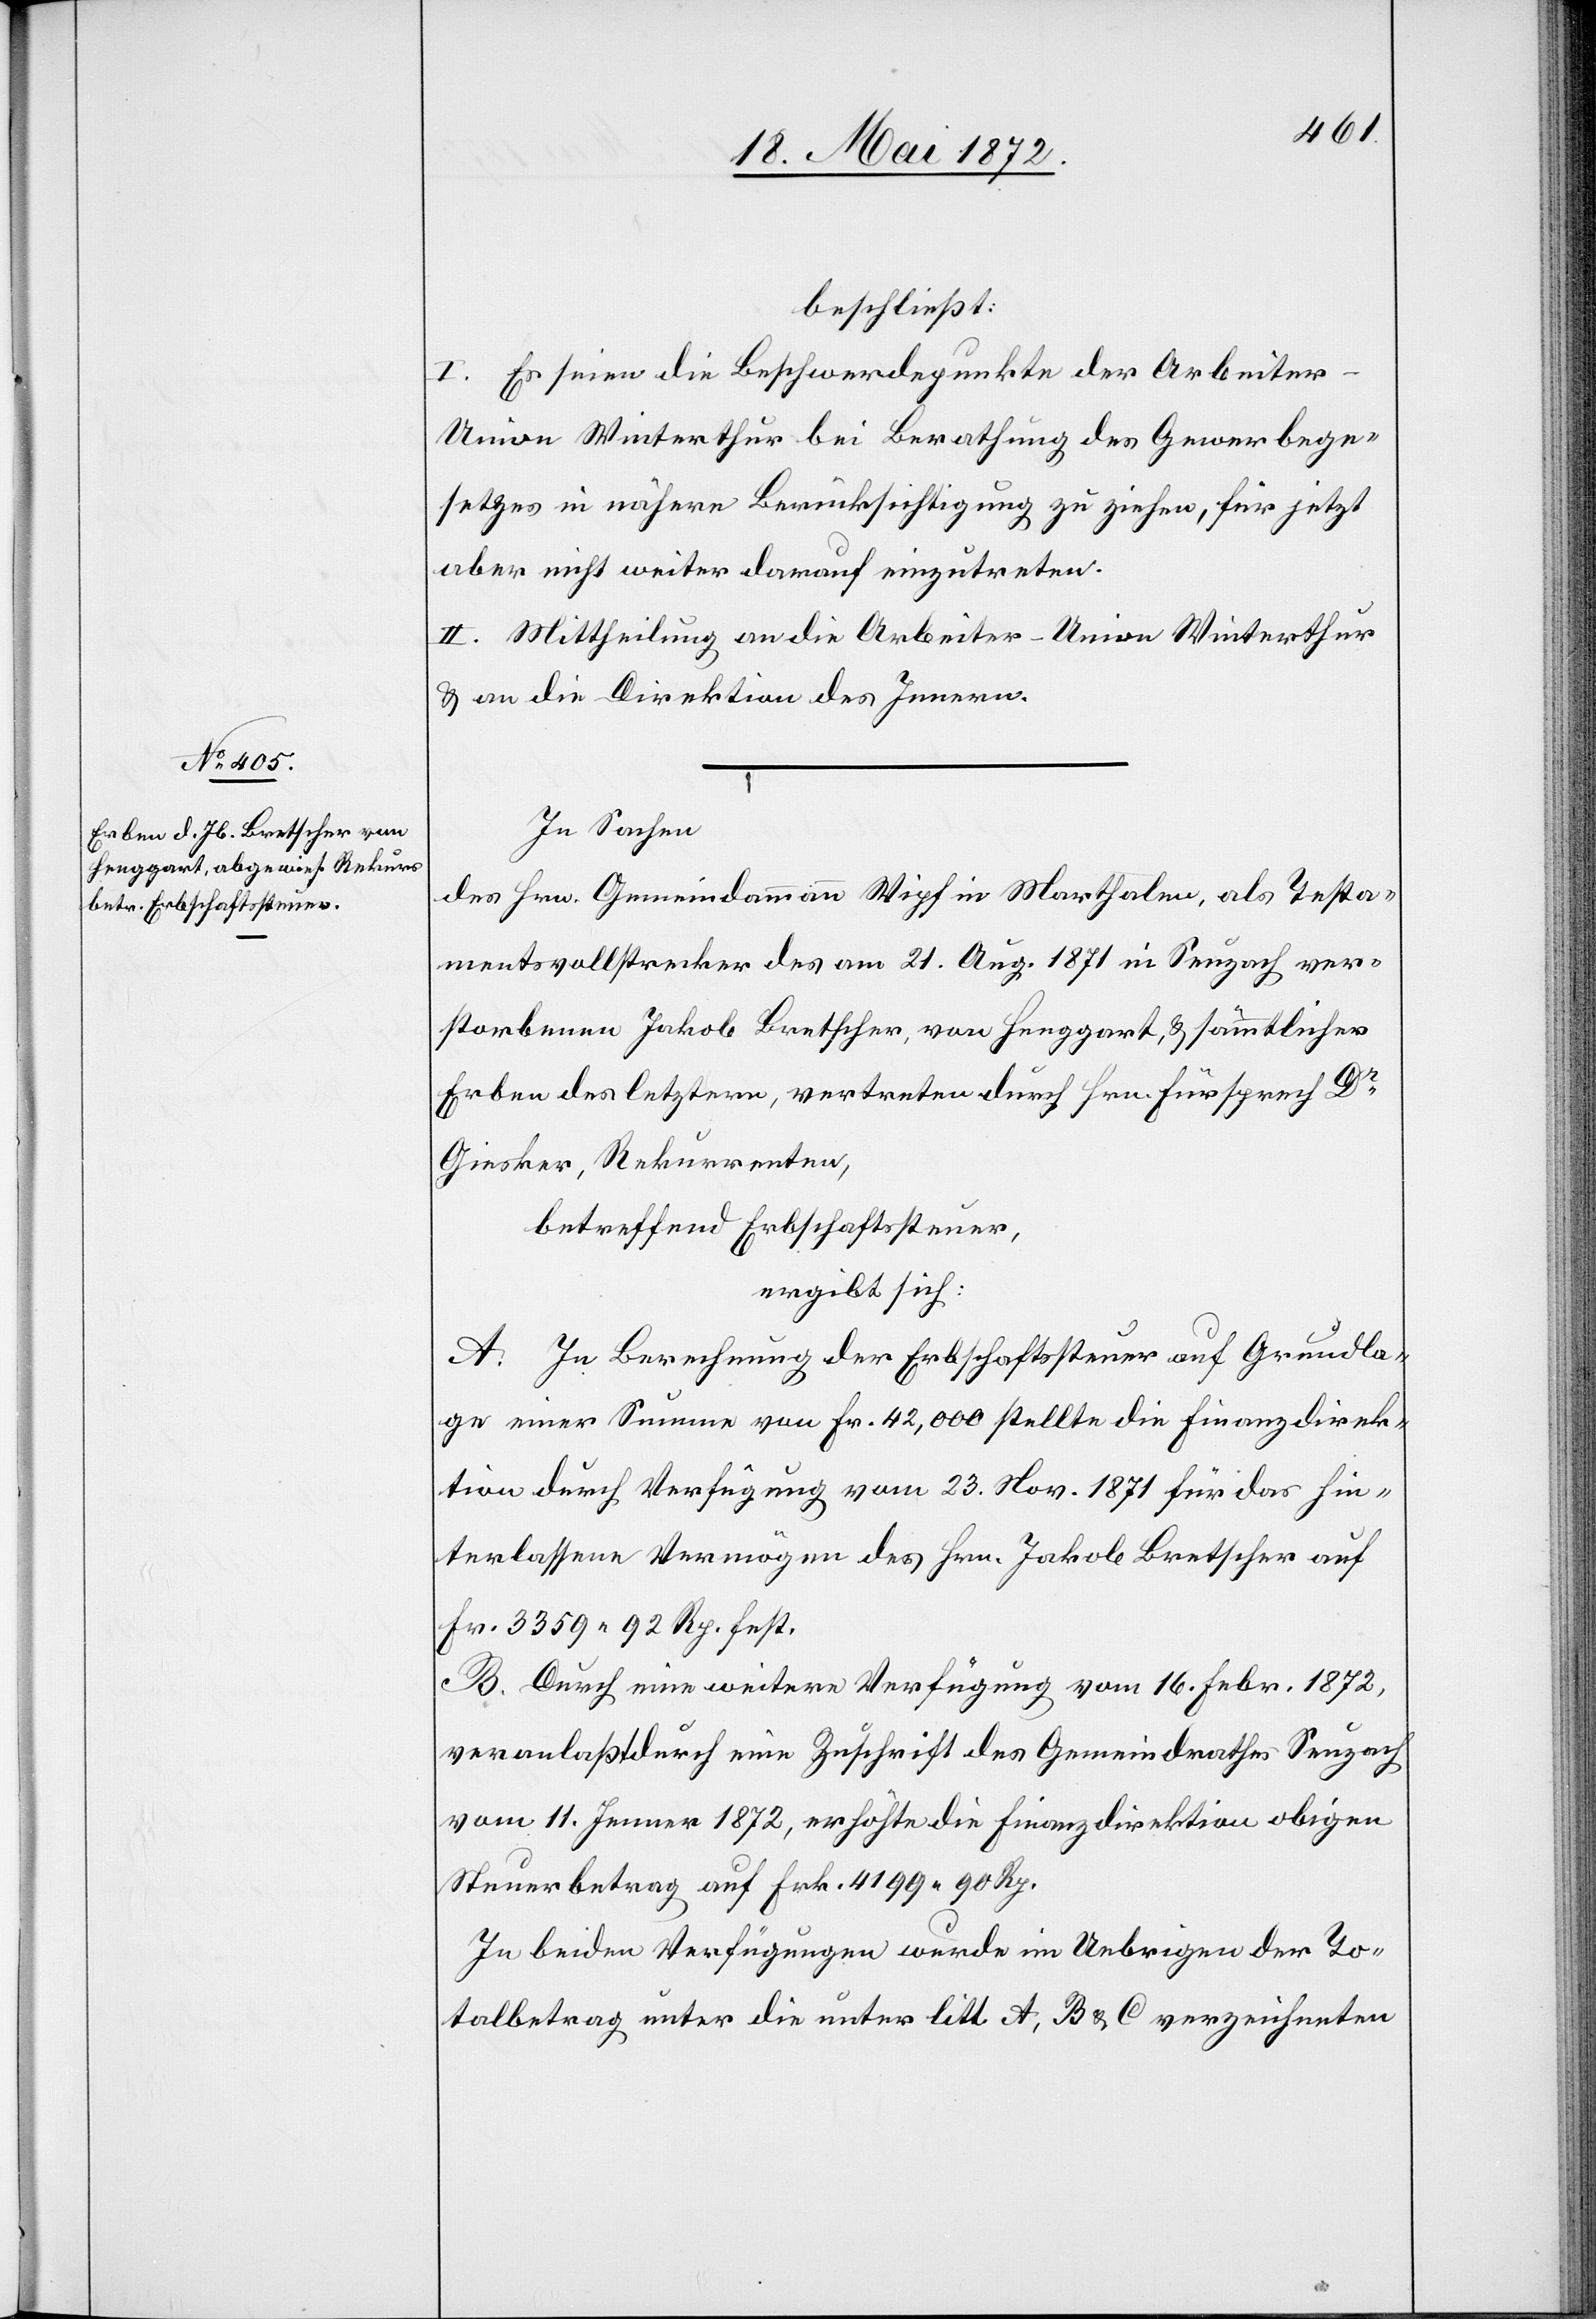
beschließt:
I. Es seien die Beschwerdepunkte der Arbeite¬
r-Union Winterthur bei Berathung des Gewerbege¬
setzes in nähere Berücksichtigung zu ziehen, für jetzt
aber nicht weiter darauf einzutreten.
II. Mittheilung an die Arbeiter-Union Winterthur
u. an die Direktion des Innern.
In Sachen
des Hrn. Gemeindammann Wipf in Marthalen, als Testa¬
mentsvollstrecker des am 21. Aug. 1871 in Seuzach ver¬
storbenen Jakob Bretscher, von Henggart, u. sämmtlicher
Erben des letztern, vertreten durch Hrn. Fürsprech Dr
Giesker, Rekurrenten,
betreffend Erbschaftssteuer,
ergibt sich:
A. In Berechnung der Erbschaftssteuer auf Grundla¬
ge einer Summe von Fr. 42,000 stellte die Finanzdirek¬
tion durch Verfügung vom 23. Nov. 1871 für das hin¬
terlassene Vermögen des Hrn. Jakob Bretscher auf
Fr. 3359 92 Rp. fest.
B. Durch eine weitere Verfügung vom 16. Febr. 1872,
veranlaßt durch eine Zuschrift des Gemeindrathes Seuzach
vom 11. Jenner 1872, erhöhte die Finanzdirektion obigen
Steuerbetrag auf Frk. 4199 90 Rp.
In beiden Verfügungen wurde im Uebrigen der To¬
talbetrag unter die unter litt A, B u. C verzeichneten